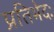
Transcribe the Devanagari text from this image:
प्रतिभेदः